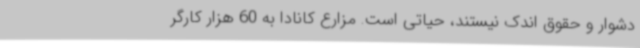
دشوار و حقوق اندک نیستند، حیاتی است. مزارع کانادا به 60 هزار کارگر